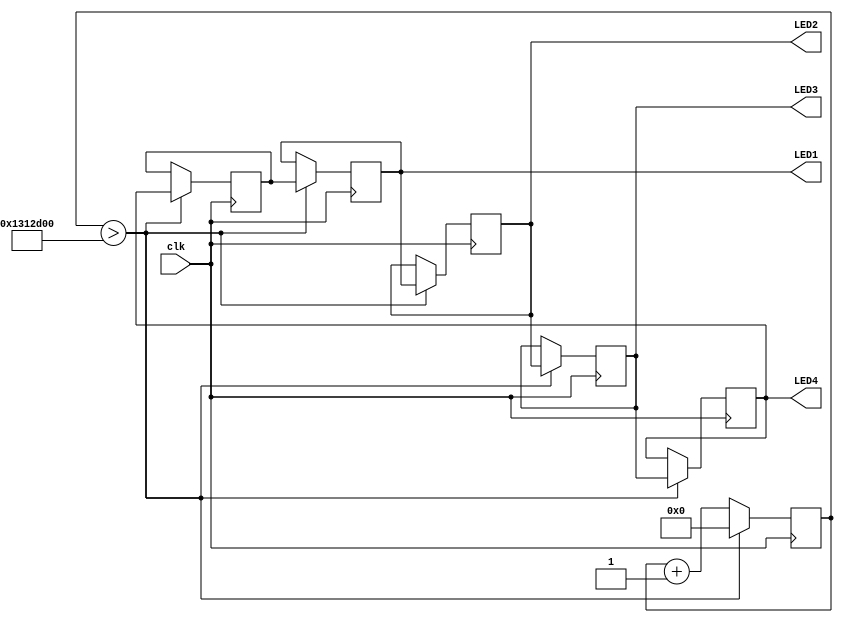
`timescale 1ns / 1ps
//////////////////////////////////////////////////////////////////////////////////
// Company: 
// Engineer: 
// 
// Design Name: 
// Module Name:    sr4fpga 
// Project Name: 
// Target Devices: 
// Tool versions: 
// Description: 
//
// Dependencies: 
//
// Revision: 
// Revision 0.01 - File Created
// Additional Comments: 
//
//////////////////////////////////////////////////////////////////////////////////
module sr4fpga(input clk, output LED1,LED2,LED3,LED4);

reg [32:0] counter;
reg LED_st1,LED_st2,LED_st3,LED_st4;
reg temp;

initial begin counter <= 32'b0;
		LED_st1 <= 1'b1;
		LED_st2 <= 1'b0;
		LED_st3 <= 1'b0;
		LED_st4 <= 1'b0;
end
always @(posedge clk)
begin
	counter <= counter + 1;
	if(counter>20000000)
		begin
			temp<=LED_st4;
			LED_st4 <= LED_st3;
			LED_st3 <= LED_st2;
			LED_st2 <= LED_st1;
			LED_st1 <= temp;
			counter <= 32'b0;
		end
end

assign LED1 = LED_st1;
assign LED2 = LED_st2;
assign LED3 = LED_st3;
assign LED4 = LED_st4;



endmodule